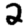
Digit: 2